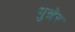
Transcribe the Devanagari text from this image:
गुन्नेर